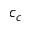
c _ { c }